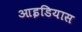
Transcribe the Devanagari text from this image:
आइडियास